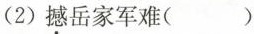
(2)撼岳家军难( )